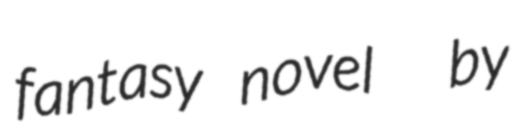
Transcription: fantasy novel  by